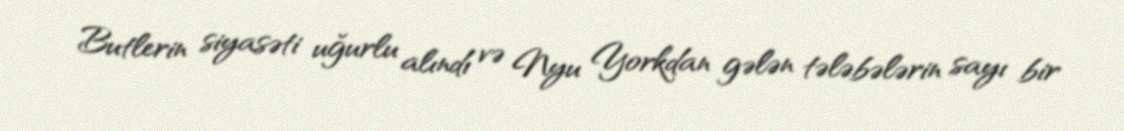
Butlerin siyasəti uğurlu alındı və Nyu Yorkdan gələn tələbələrin sayı bir